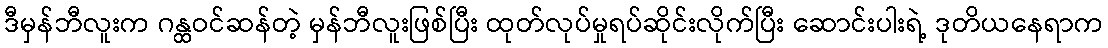
ဒီမှန်ဘီလူးက ဂန္ထဝင်ဆန်တဲ့ မှန်ဘီလူးဖြစ်ပြီး ထုတ်လုပ်မှုရပ်ဆိုင်းလိုက်ပြီး ဆောင်းပါးရဲ့ ဒုတိယနေရာက